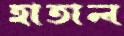
হাতাল